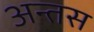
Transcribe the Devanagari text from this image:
अन्तस